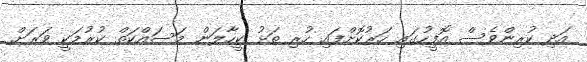
އަދި ކުރިންވެސް އޮފީހުގައި ހަރުކޮށްފައި ހުރި ތަޅު ކީހާލަން މަސައްކަތް ކުރުމަކީ ވަރަށް